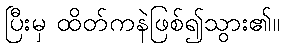
ပြီးမှ ထိတ်ကနဲဖြစ်၍သွား၏။